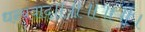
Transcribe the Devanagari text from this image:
धन्यवाद्॥॥॥॥॥।